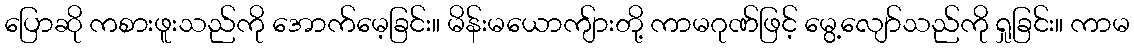
ပြောဆို ကစားဖူးသည်ကို အောက်မေ့ခြင်း။ မိန်းမယောကျ်ားတို့ ကာမဂုဏ်ဖြင့် မွေ့လျော်သည်ကို ရှုခြင်း။ ကာမ